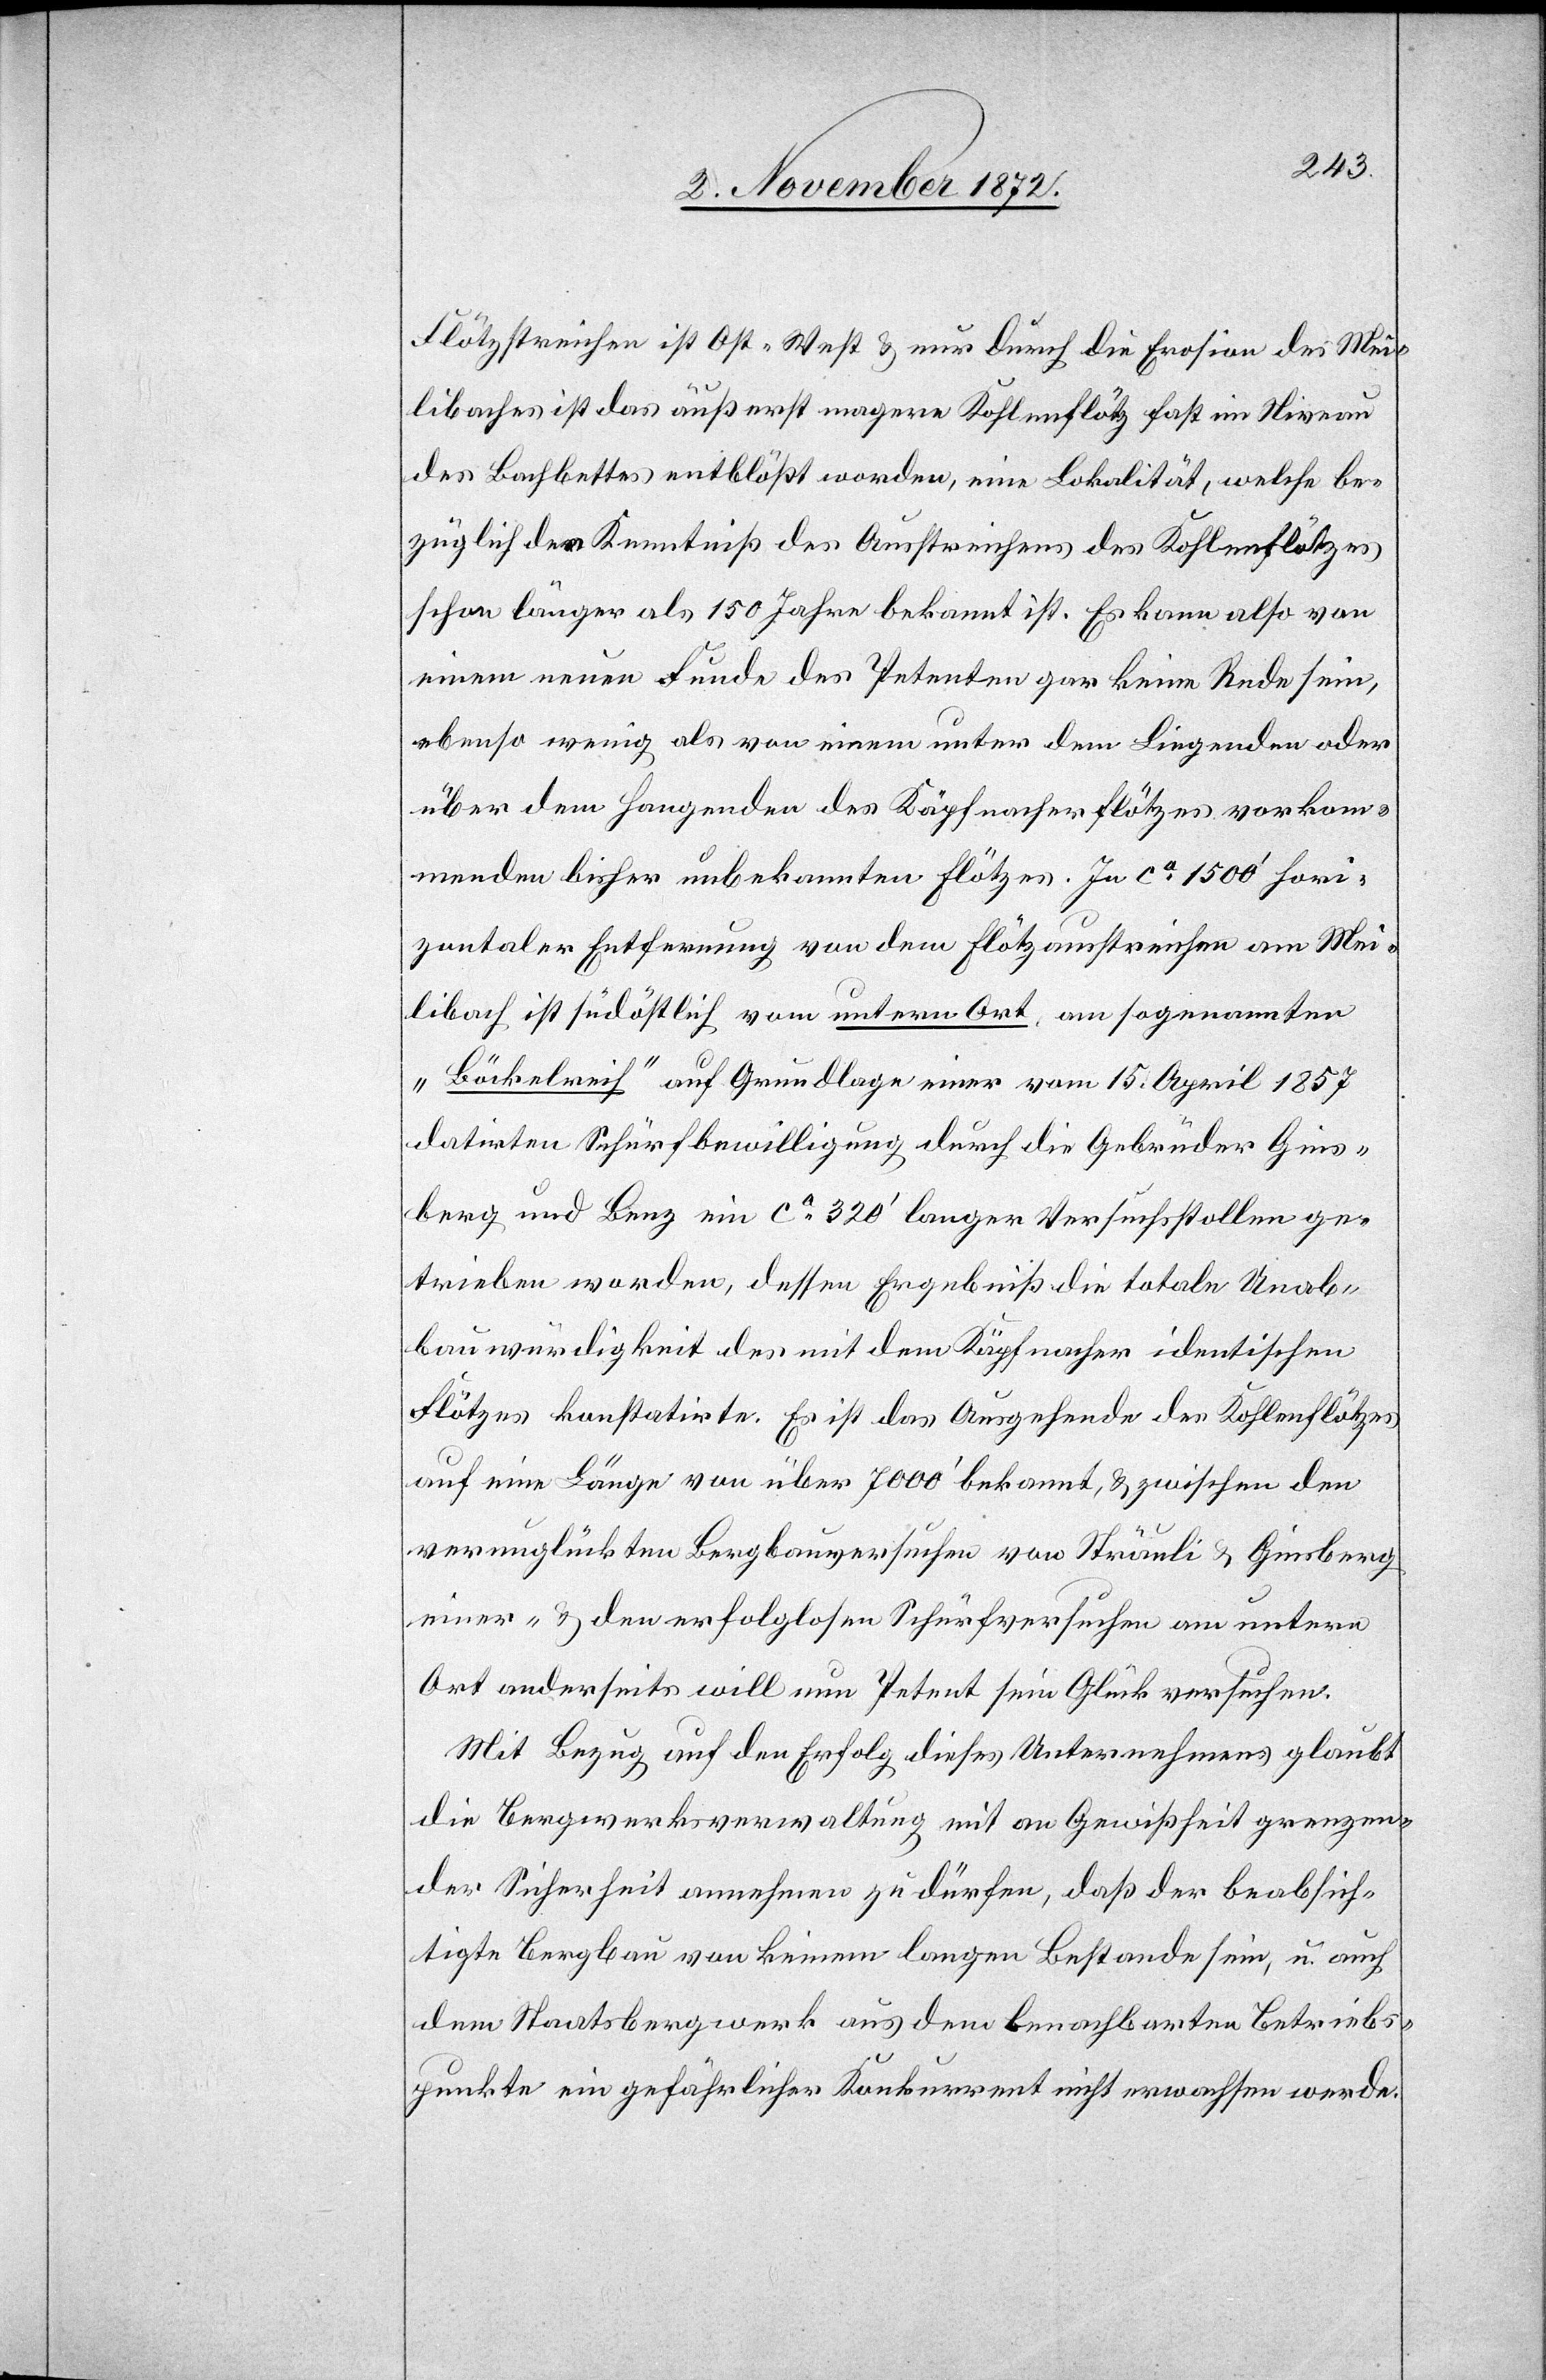
Flötzstreichen ist Ost-West u. nur durch die Erosion des Mei¬
libaches ist das äußerst magere Kohlenflötz fast im Niveau
des Bachbettes entblößt worden, eine Lokalität, welche be¬
züglich der Kenntniß des Ausstreichens des Kohlenflötzes
schon länger als 150 Jahre bekannt ist. Es kann also von
einem neuen Funde des Petenten gar keine Rede sein,
ebenso wenig als von einem unter dem Liegenden oder
über den Hangenden [sic!] des Käpfnacherflötzes vorkom¬
menden bisher unbekannten Flötzes. In ca 1500’ hori¬
zontaler Entfernung von dem Flötzausstreichen am Mei¬
libach ist südöstlich vom untern Ort, am sogenannten
„Böckelreif“ auf Grundlage einer vom 15. August 1857
datirten Schürfbewilligung durch die Gebrüder Gins¬
berg und Benz ein ca 320’ langer Versuchsstollen ge¬
trieben worden, dessen Ergebniß die totale Unab¬
bauwürdigkeit des mit dem Käpfnacher identischen
Flötzes konstatirte. Es ist das Ausgehende des Kohlenflötzes
auf eine Länge von über 7000’ bekannt, u. zwischen den
verunglückten Bergbauversuchen von Sträuli u. Ginsberg
einer- u. den erfolglosen Schürfversuchen am untern
Ort anderseits will nun Petent sein Glück versuchen.
Mit Bezug auf den Erfolg dieses Unternehmens glaubt
die Bergwerksverwaltung mit an Gewißheit grenzen¬
der Sicherheit annehmen zu dürfen, daß der beabsich¬
tigte Bergbau von keinem langen Bestande sein, u. auch
dem Staatsbergwerk aus dem benachbarten Betriebs¬
punkte ein gefährlicher Konkurrent nicht erwachsen werde.